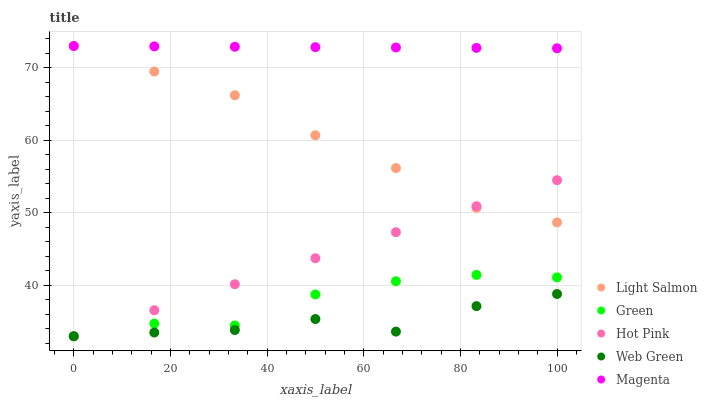
| xaxis_label | Light Salmon | Green | Hot Pink | Web Green | Magenta |
 | --- | --- | --- | --- | --- | --- |
 | 0 | 73 | 33 | 33 | 33 | 73 |
 | 16.7 | 69.5 | 34.7 | 36.6 | 33.5 | 72.9 |
 | 33.3 | 66.2 | 34.5 | 40.2 | 33.9 | 72.9 |
 | 50 | 60.7 | 38.8 | 43.8 | 35.4 | 72.8 |
 | 66.7 | 56.2 | 40.6 | 47.3 | 33.6 | 72.8 |
 | 83.3 | 50.7 | 41.5 | 50.9 | 37.2 | 72.7 |
 | 100 | 48.7 | 41.1 | 54.5 | 38.8 | 72.7 |